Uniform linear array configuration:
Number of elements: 12
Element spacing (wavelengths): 0.75
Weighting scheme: binomial
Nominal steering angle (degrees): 0
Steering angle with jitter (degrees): -0.4901
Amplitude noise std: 0.05
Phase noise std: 0.05

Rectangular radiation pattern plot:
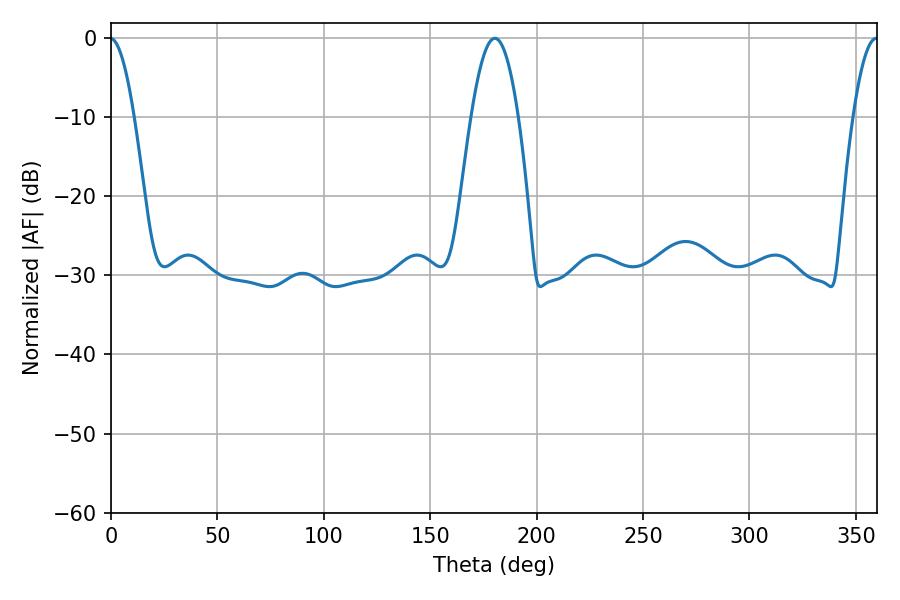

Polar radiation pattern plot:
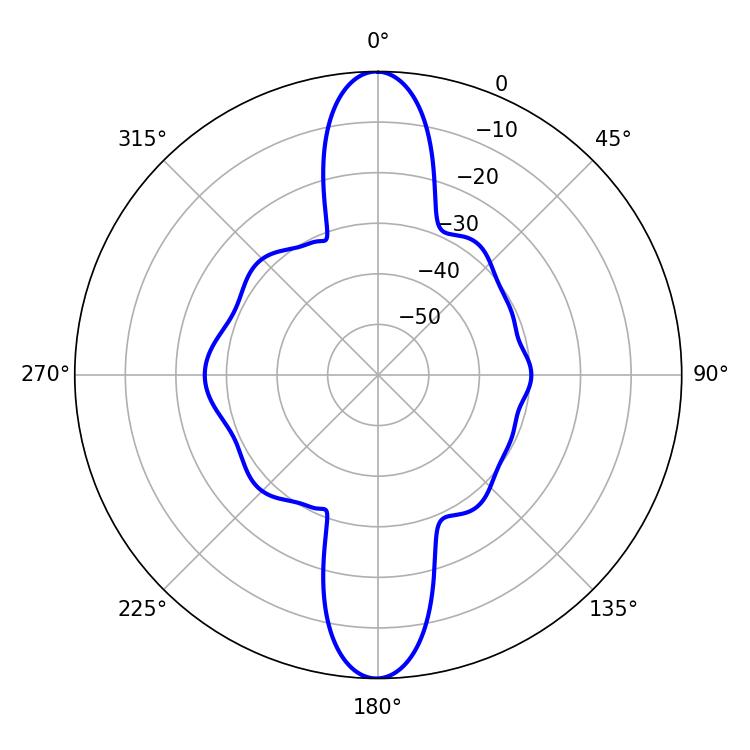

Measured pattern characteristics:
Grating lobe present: TRUE
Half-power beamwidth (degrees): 12.24
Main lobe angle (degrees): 180.36